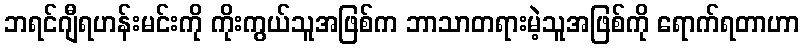
ဘရင်ဂျီရဟန်းမင်းကို ကိုးကွယ်သူအဖြစ်က ဘာသာတရားမဲ့သူအဖြစ်ကို ရောက်ရတာဟာ